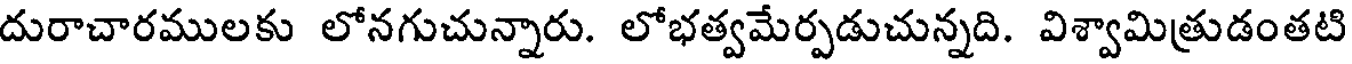
దురాచారములకు లోనగుచున్నారు. లోభత్వమేర్పడుచున్నది. విశ్వామిత్రుడంతటి